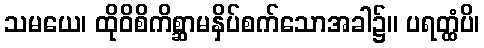
သမယေ၊ ထိုဝိစိကိစ္ဆာမနှိပ်စက်သောအခါ၌။ ပရတ္ထံပိ၊